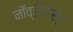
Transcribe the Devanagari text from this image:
नॉव्हेलिस्ट